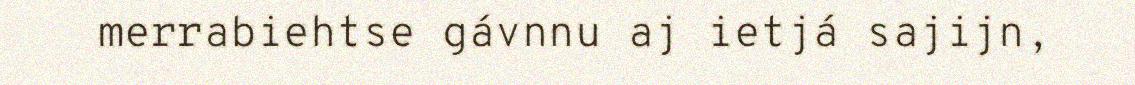
merrabiehtse gávnnu aj ietjá sajijn,